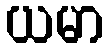
ယမာ